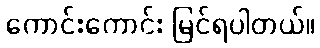
ကောင်းကောင်း မြင်ရပါတယ်။